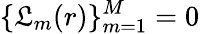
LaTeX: \{ \mathfrak{L}_{m}(r)\} _{m=1}^{M}=0